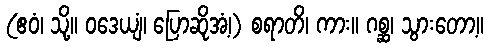
(ဧဝံ၊ သို့။ ဝဒေယျံ၊ ပြောဆိုအံ့၊) စရာတိ၊ ကား။ ဂစ္ဆ၊ သွားတော့။